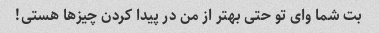
بت شما وای تو حتی بهتر از من در پیدا کردن چیزها هستی!